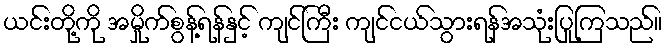
ယင်းတို့ကို အမှိုက်စွန့်ရန်နှင့် ကျင်ကြီး ကျင်ငယ်သွားရန်အသုံးပြုကြသည်။